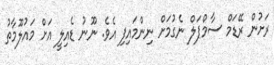
ރަށުން ރޭޑަމް ސާމްޕަލް ނެގުމަށް ނިންމައިފި އެވެ. ނޫނު ޑެއިލީ އަށް މައުލޫމާތު